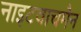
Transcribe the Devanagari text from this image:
नाइटवाचमैन